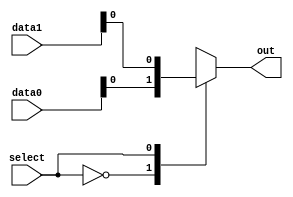
module mux1 (data0,data1,select,out);
  input wire [4:0] data0, data1;
  input wire select; 
  output reg out;
  always @(data0, data1, select) begin
    case (select) 
      0: out <= data0;
      1: out <= data1;
    endcase
  end
endmodule

module mux2 (data0,data1,select,out);
  input wire [31:0] data0, data1; 
  input wire select; 
  output reg [31:0] out;
  always @(data0, data1, select) begin
    case (select) 
      0: out <= data0;
      1: out <= data1;
    endcase
  end
endmodule

module AND (A, B, Exit);
  input wire A, B;
  output reg Exit;
  always @ (*) begin
    Exit <= A & B;
  end
endmodule